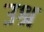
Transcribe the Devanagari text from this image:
उश्र